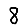
Digit: 8